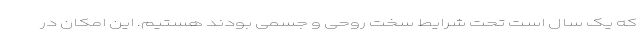
که یک سال است تحت شرایط سخت روحی و جسمی بودند هستیم. این امکان در